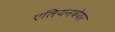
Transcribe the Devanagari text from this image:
एलियनवेयर